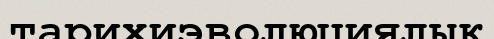
тарихиэволюциялық